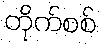
တိုက်စစ်